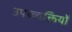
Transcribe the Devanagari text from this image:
उपय्व्यक्तियों